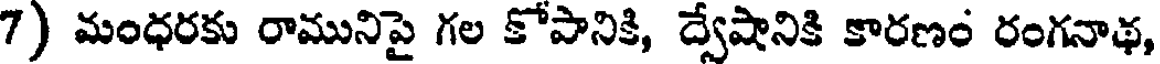
7) మంధరకు రామునిపై గల కోపానికి, ద్వేషానికి కారణం రంగనాథ,